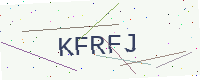
Text: KFRFJ